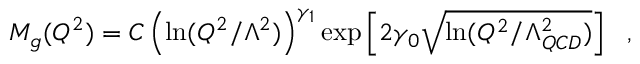
M _ { g } ( Q ^ { 2 } ) = C \left( \ln ( Q ^ { 2 } / \Lambda ^ { 2 } ) \right) ^ { \gamma _ { 1 } } \exp \left[ 2 \gamma _ { 0 } \sqrt { \ln ( Q ^ { 2 } / \Lambda _ { Q C D } ^ { 2 } ) } \right] ~ ~ ,